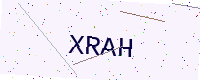
Text: XRAH